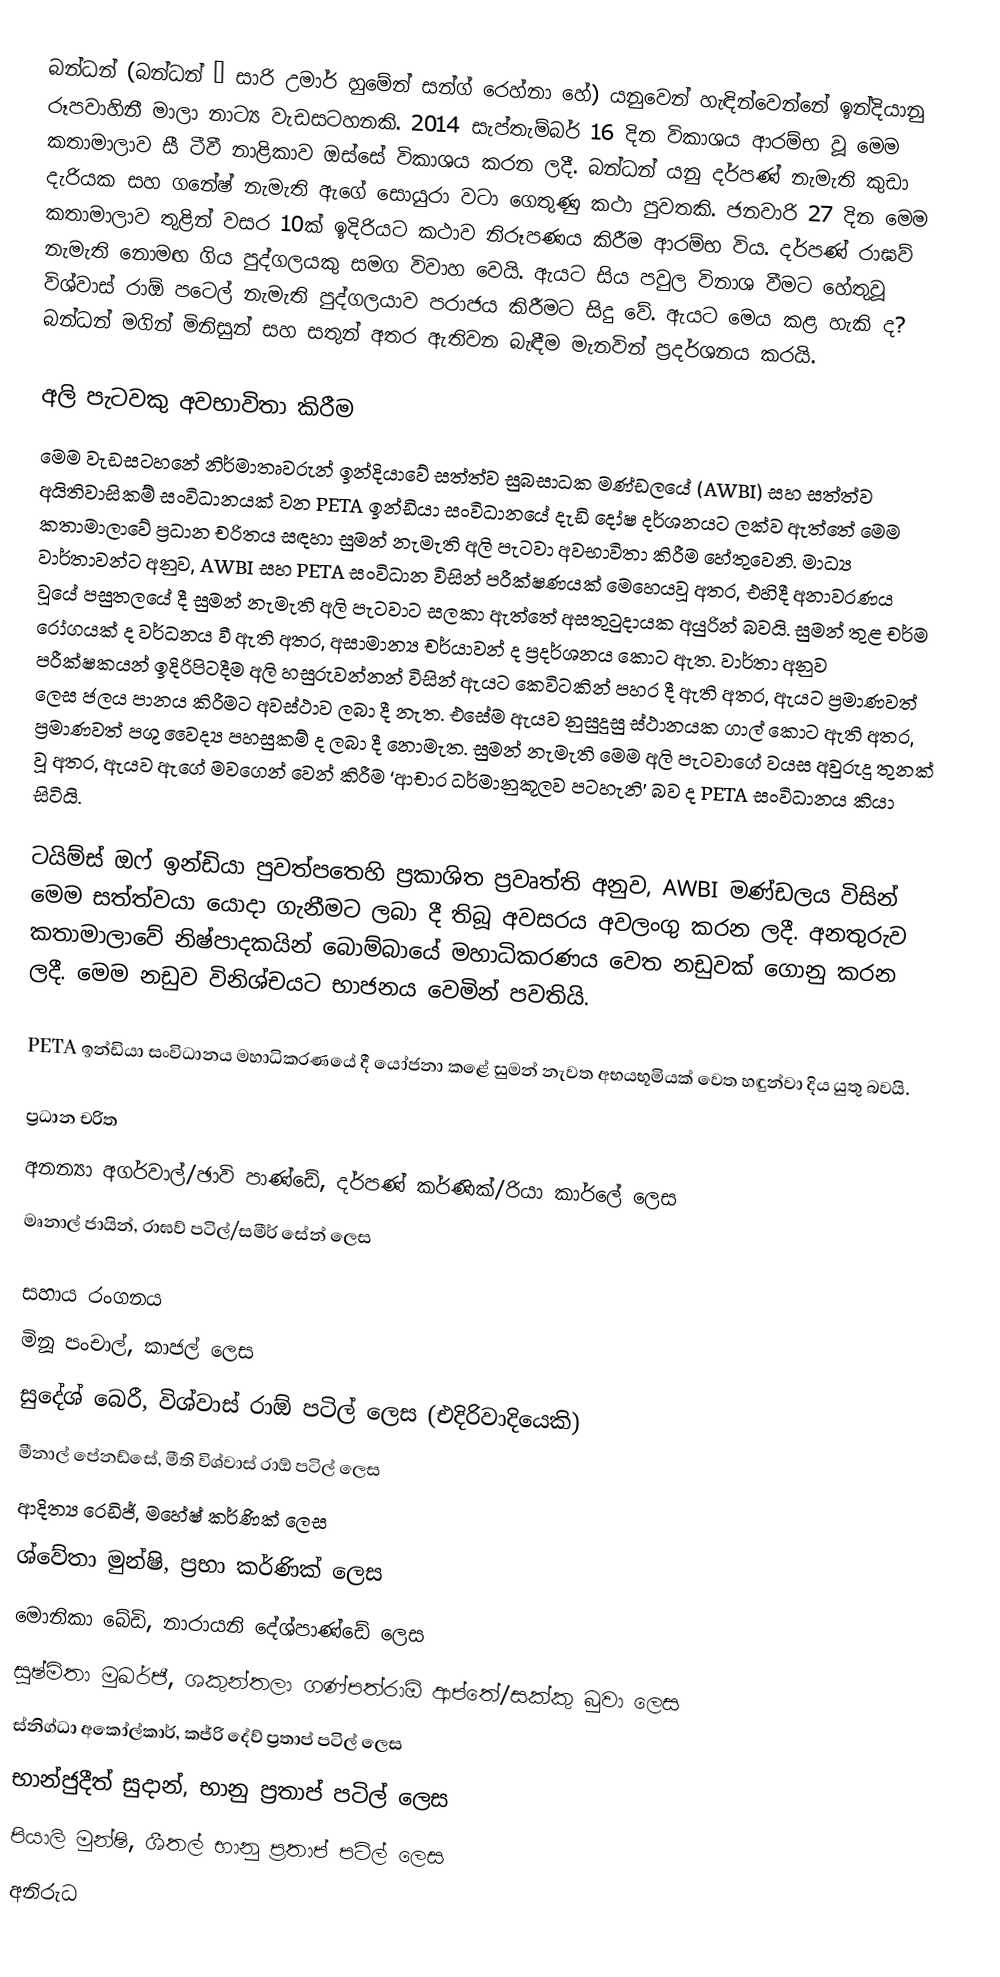
බන්ධන් (බන්ධන් – සාරි උමාර් හුමේන් සන්ග් රෙහ්නා හේ) යනුවෙන් හැඳින්වෙන්නේ ඉන්දියානු රූපවාහිනී මාලා නාට්‍ය වැඩසටහනකි. 2014 සැප්තැම්බර් 16 දින විකාශය ආරම්භ වූ මෙම කතාමාලාව සී ටීවී නාළිකාව ඔස්සේ විකාශය කරන ලදී. බන්ධන් යනු දර්පණ් නැමැති කුඩා දැරියක සහ ගනේෂ් නැමැති ඇගේ සොයුරා වටා ගෙතුණු කථා පුවතකි. ජනවාරි 27 දින මෙම කතාමාලාව තුළින් වසර 10ක් ඉදිරියට කථාව නිරූපණය කිරීම ආරම්භ විය. දර්පණ් රාඝව් නැමැති නොමඟ ගිය පුද්ගලයකු සමග විවාහ වෙයි. ඇයට සිය පවුල විනාශ වීමට හේතුවූ විශ්වාස් රාඕ පටෙල් නැමැති පුද්ගලයාව පරාජය කිරීමට සිදු වේ. ඇයට මෙය කළ හැකි ද? බන්ධන් මගින් මිනිසුන් සහ සතුන් අතර ඇතිවන බැඳීම මැනවින් ප්‍රදර්ශනය කරයි.

අලි පැටවකු අවභාවිතා කිරීම
මෙම වැඩසටහනේ නිර්මාතෘවරුන් ඉන්දියාවේ සත්ත්ව සුබසාධක මණ්ඩලයේ (AWBI) සහ සත්ත්ව අයිතිවාසිකම් සංවිධානයක් වන PETA ඉන්ඩියා සංවිධානයේ දැඩි දෝෂ දර්ශනයට ලක්ව ඇත්තේ මෙම කතාමාලාවේ ප්‍රධාන චරිතය සඳහා සුමන් නැමැති අලි පැටවා අවභාවිතා කිරීම හේතුවෙනි. මාධ්‍ය වාර්තාවන්ට අනුව, AWBI සහ PETA සංවිධාන විසින් පරීක්ෂණයක් මෙහෙයවූ අතර, එහිදී අනාවරණය වූයේ පසුතලයේ දී සුමන් නැමැති අලි පැටවාට සලකා ඇත්තේ අසතුටුදායක අයුරින් බවයි. සුමන් තුළ චර්ම රෝගයක් ද වර්ධනය වී ඇති අතර, අසාමාන්‍ය චර්යාවන් ද ප්‍රදර්ශනය කොට ඇත. වාර්තා අනුව පරීක්ෂකයන් ඉදිරිපිටදීම අලි හසුරුවන්නන් විසින් ඇයට කෙවිටකින් පහර දී ඇති අතර, ඇයට ප්‍රමාණවත් ලෙස ජලය පානය කිරීමට අවස්ථාව ලබා දී නැත. එසේම ඇයව නුසුදුසු ස්ථානයක ගාල් කොට ඇති අතර, ප්‍රමාණවත් පශු වෛද්‍ය පහසුකම් ද ලබා දී නොමැත. සුමන් නැමැති මෙම අලි පැටවාගේ වයස අවුරුදු තුනක් වූ අතර, ඇයව ඇගේ මවගෙන් වෙන් කිරීම ‘ආචාර ධර්මානුකූලව පටහැනි’ බව ද PETA සංවිධානය කියා සිටියි.

ටයිම්ස් ඔ‍ෆ් ඉන්ඩියා පුවත්පතෙහි ප්‍රකාශිත ප්‍රවෘත්ති අනුව, AWBI මණ්ඩලය විසින් මෙම සත්ත්වයා යොදා ගැනීමට ලබා දී තිබූ අවසරය අවලංගු කරන ලදී. අනතුරුව කතාමාලාවේ නිෂ්පාදකයින් බොම්බායේ මහාධිකරණය වෙත නඩුවක් ගොනු කරන ලදී. මෙම නඩුව විනිශ්චයට භාජනය වෙමින් පවතියි‍.

PETA ඉන්ඩියා සංවිධානය මහාධිකරණයේ දී යෝජනා කළේ සුමන් නැවත අභයභූමියක් වෙත හඳුන්වා දිය යුතු බවයි.

ප්‍රධාන චරිත
අනන්‍යා අගර්වාල්/ඡාවි පාණ්ඩේ, දර්පණ් කර්ණික්/රියා කාර්ලේ ලෙස
මෘනාල් ජායින්, රාඝව් පටිල්/සමීර් සේන් ලෙස

සහාය රංගනය
මිනූ පංචාල්, කාජල් ලෙස
සුදේශ් බෙරී, විශ්වාස් රාඕ ප‍ටිල් ලෙස (එදිරිවාදියෙකි)
මීනාල් පේනඩ්සේ, මීති විශ්වාස් රාඕ පටිල් ලෙස
ආදිත්‍ය රෙඩිජ්, මහේෂ් කර්ණික් ලෙස
ශ්වේතා මුන්ෂි, ප්‍රභා කර්ණික් ලෙස
මොනිකා බේඩි, නාරායනි දේශ්පාණ්ඩේ ලෙස
සුෂ්මිතා මුඛර්ජී, ශකුන්තලා ගණ්පත්රාඕ ආප්තේ/සක්කු බුවා ලෙස
ස්නිග්ධා අකෝල්කාර්, කජ්රි දේව් ප්‍රතාප් පටිල් ලෙස
භාන්ජුදීත් සුදාන්, භානු ප්‍රතාප් පටිල් ලෙස
පියාලි මුන්ෂි, ශීතල් භානු ප්‍රතාප් පටිල් ලෙස
අනිරුධ